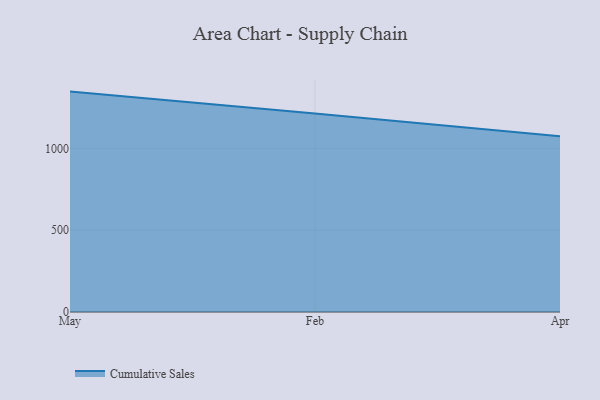
{"axis": {"x": "Month", "y": "LTV (USD)"}, "legend": ["Cumulative Sales"], "data": [{"x": "May", "y": 1346.5, "type": "Cumulative Sales"}, {"x": "Feb", "y": 1212.2, "type": "Cumulative Sales"}, {"x": "Apr", "y": 1073.3, "type": "Cumulative Sales"}]}